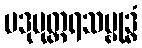
ပဒုမုတ္တရသမ္ဗုဒ္ဓံ